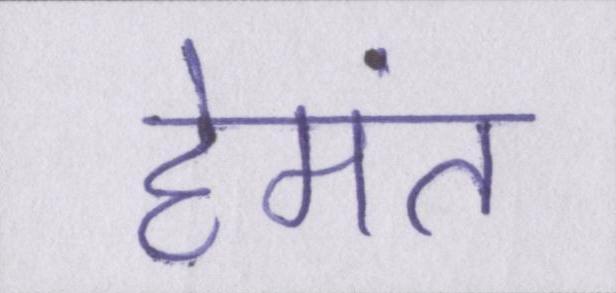
हेमंत